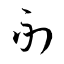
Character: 副